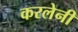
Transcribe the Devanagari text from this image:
करलेनी